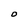
Character: O